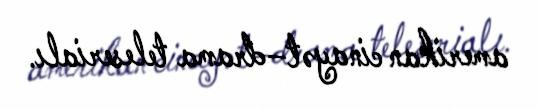
amerikan cinayət–drama teleserialı.